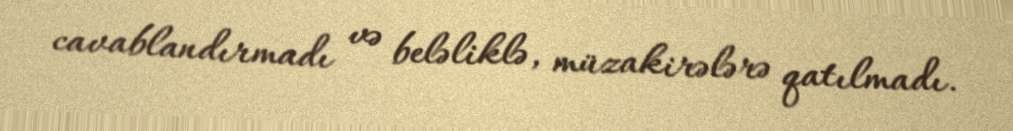
cavablandırmadı və beləliklə, müzakirələrə qatılmadı.